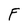
Character: F